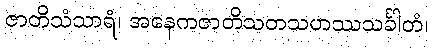
ဇာတိသံသာရံ၊ အနေကဇာတိသတသဟဿသင်္ခါတံ၊